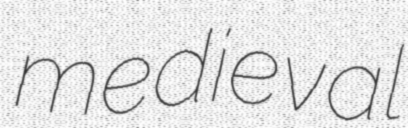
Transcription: medieval